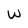
Character: W